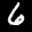
Label: 6